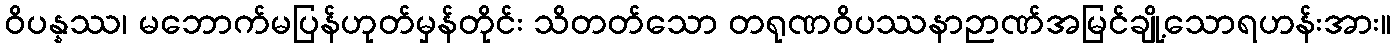
ဝိပန္နဿ၊ မဘောက်မပြန်ဟုတ်မှန်တိုင်း သိတတ်သော တရုဏဝိပဿနာဉာဏ်အမြင်ချို့သောရဟန်းအား။